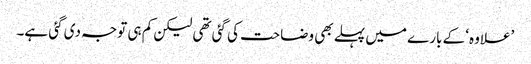
’علاوہ‘ کے بارے میں پہلے بھی وضاحت کی گئی تھی لیکن کم ہی توجہ دی گئی ہے۔